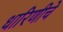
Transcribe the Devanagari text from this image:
धारिणीचे